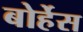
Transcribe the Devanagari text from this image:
बोर्हेस